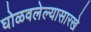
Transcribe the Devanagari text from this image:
घोळवलेल्यासारखे